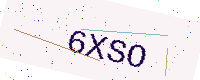
Text: 6XSO